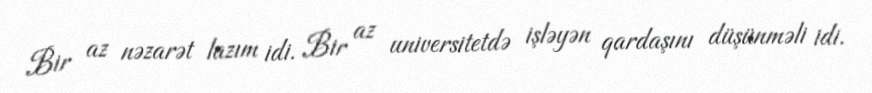
Bir az nəzarət lazım idi. Bir az universitetdə işləyən qardaşını düşünməli idi.